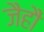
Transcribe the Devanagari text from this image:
जैहौं